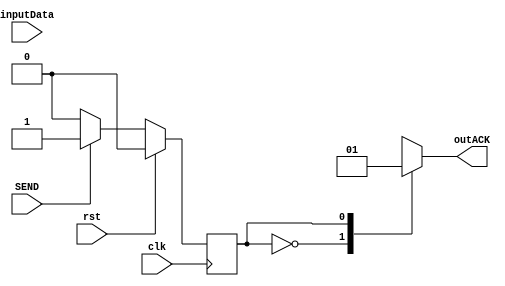
module fsmPeripheral (SEND, clk, rst, inputData, outACK);
	output reg outACK;

	input SEND;
  	input clk, rst;
  	input [31:0] inputData;

	/*
		Peripheral states:
		0 - not receiving
		1 - receiving
	*/
	reg currentState, nextState;
  	reg [31:0] data;


	// Current State
	always @ (posedge clk)
	begin
		if (rst == 1)
			currentState <= 0;
		else
			currentState <= nextState;
	end

	// Next State
	always @ (*)
	begin
		case ({currentState})
			0, 1:
				if (SEND == 1)
					nextState = 1;
				else
					nextState = 0;
		endcase
	end

	// Outputs
	always @ (*)
	begin
		case ({currentState})	
			0:
				outACK = 0;
			1:
			begin
				data = inputData;
				outACK = 1;
			end
		endcase
	end

endmodule